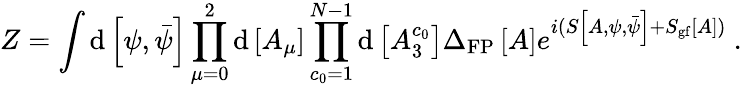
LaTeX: Z=\int\mathrm{d}\left[\psi,\bar{{\psi}}\right]\prod_{\mu=0}^{2}\mathrm{d}\left[A_{\mu}\right]\prod_{c_{0}=1}^{N-1}\mathrm{d}\left[A_{3}^{c_{0}}\right]\Delta_{\mathrm{{FP}}}\left[A\right]e^{i(S\left[A,\psi,\bar{{\psi}}\right]+S_{\mathrm{{gf}}}\left[A\right])}\ .